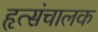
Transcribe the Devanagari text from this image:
हृत्संचालक